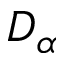
D _ { \alpha }